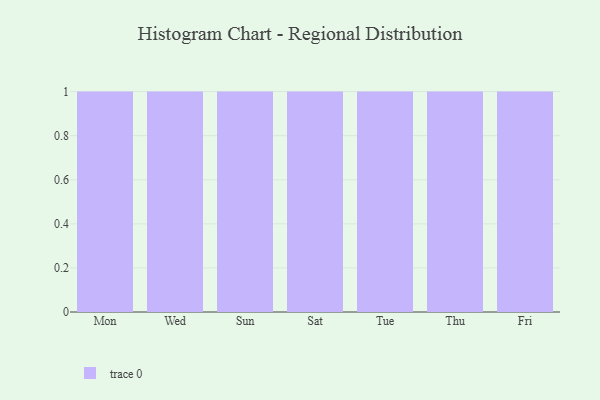
{"axis": {"x": "Day", "y": "Churn Rate (%)"}, "legend": [""], "data": [{"x": "Mon", "y": 41, "type": ""}, {"x": "Wed", "y": 45, "type": ""}, {"x": "Sun", "y": 30, "type": ""}, {"x": "Sat", "y": 64, "type": ""}, {"x": "Tue", "y": 19, "type": ""}, {"x": "Thu", "y": 7, "type": ""}, {"x": "Fri", "y": 55, "type": ""}]}